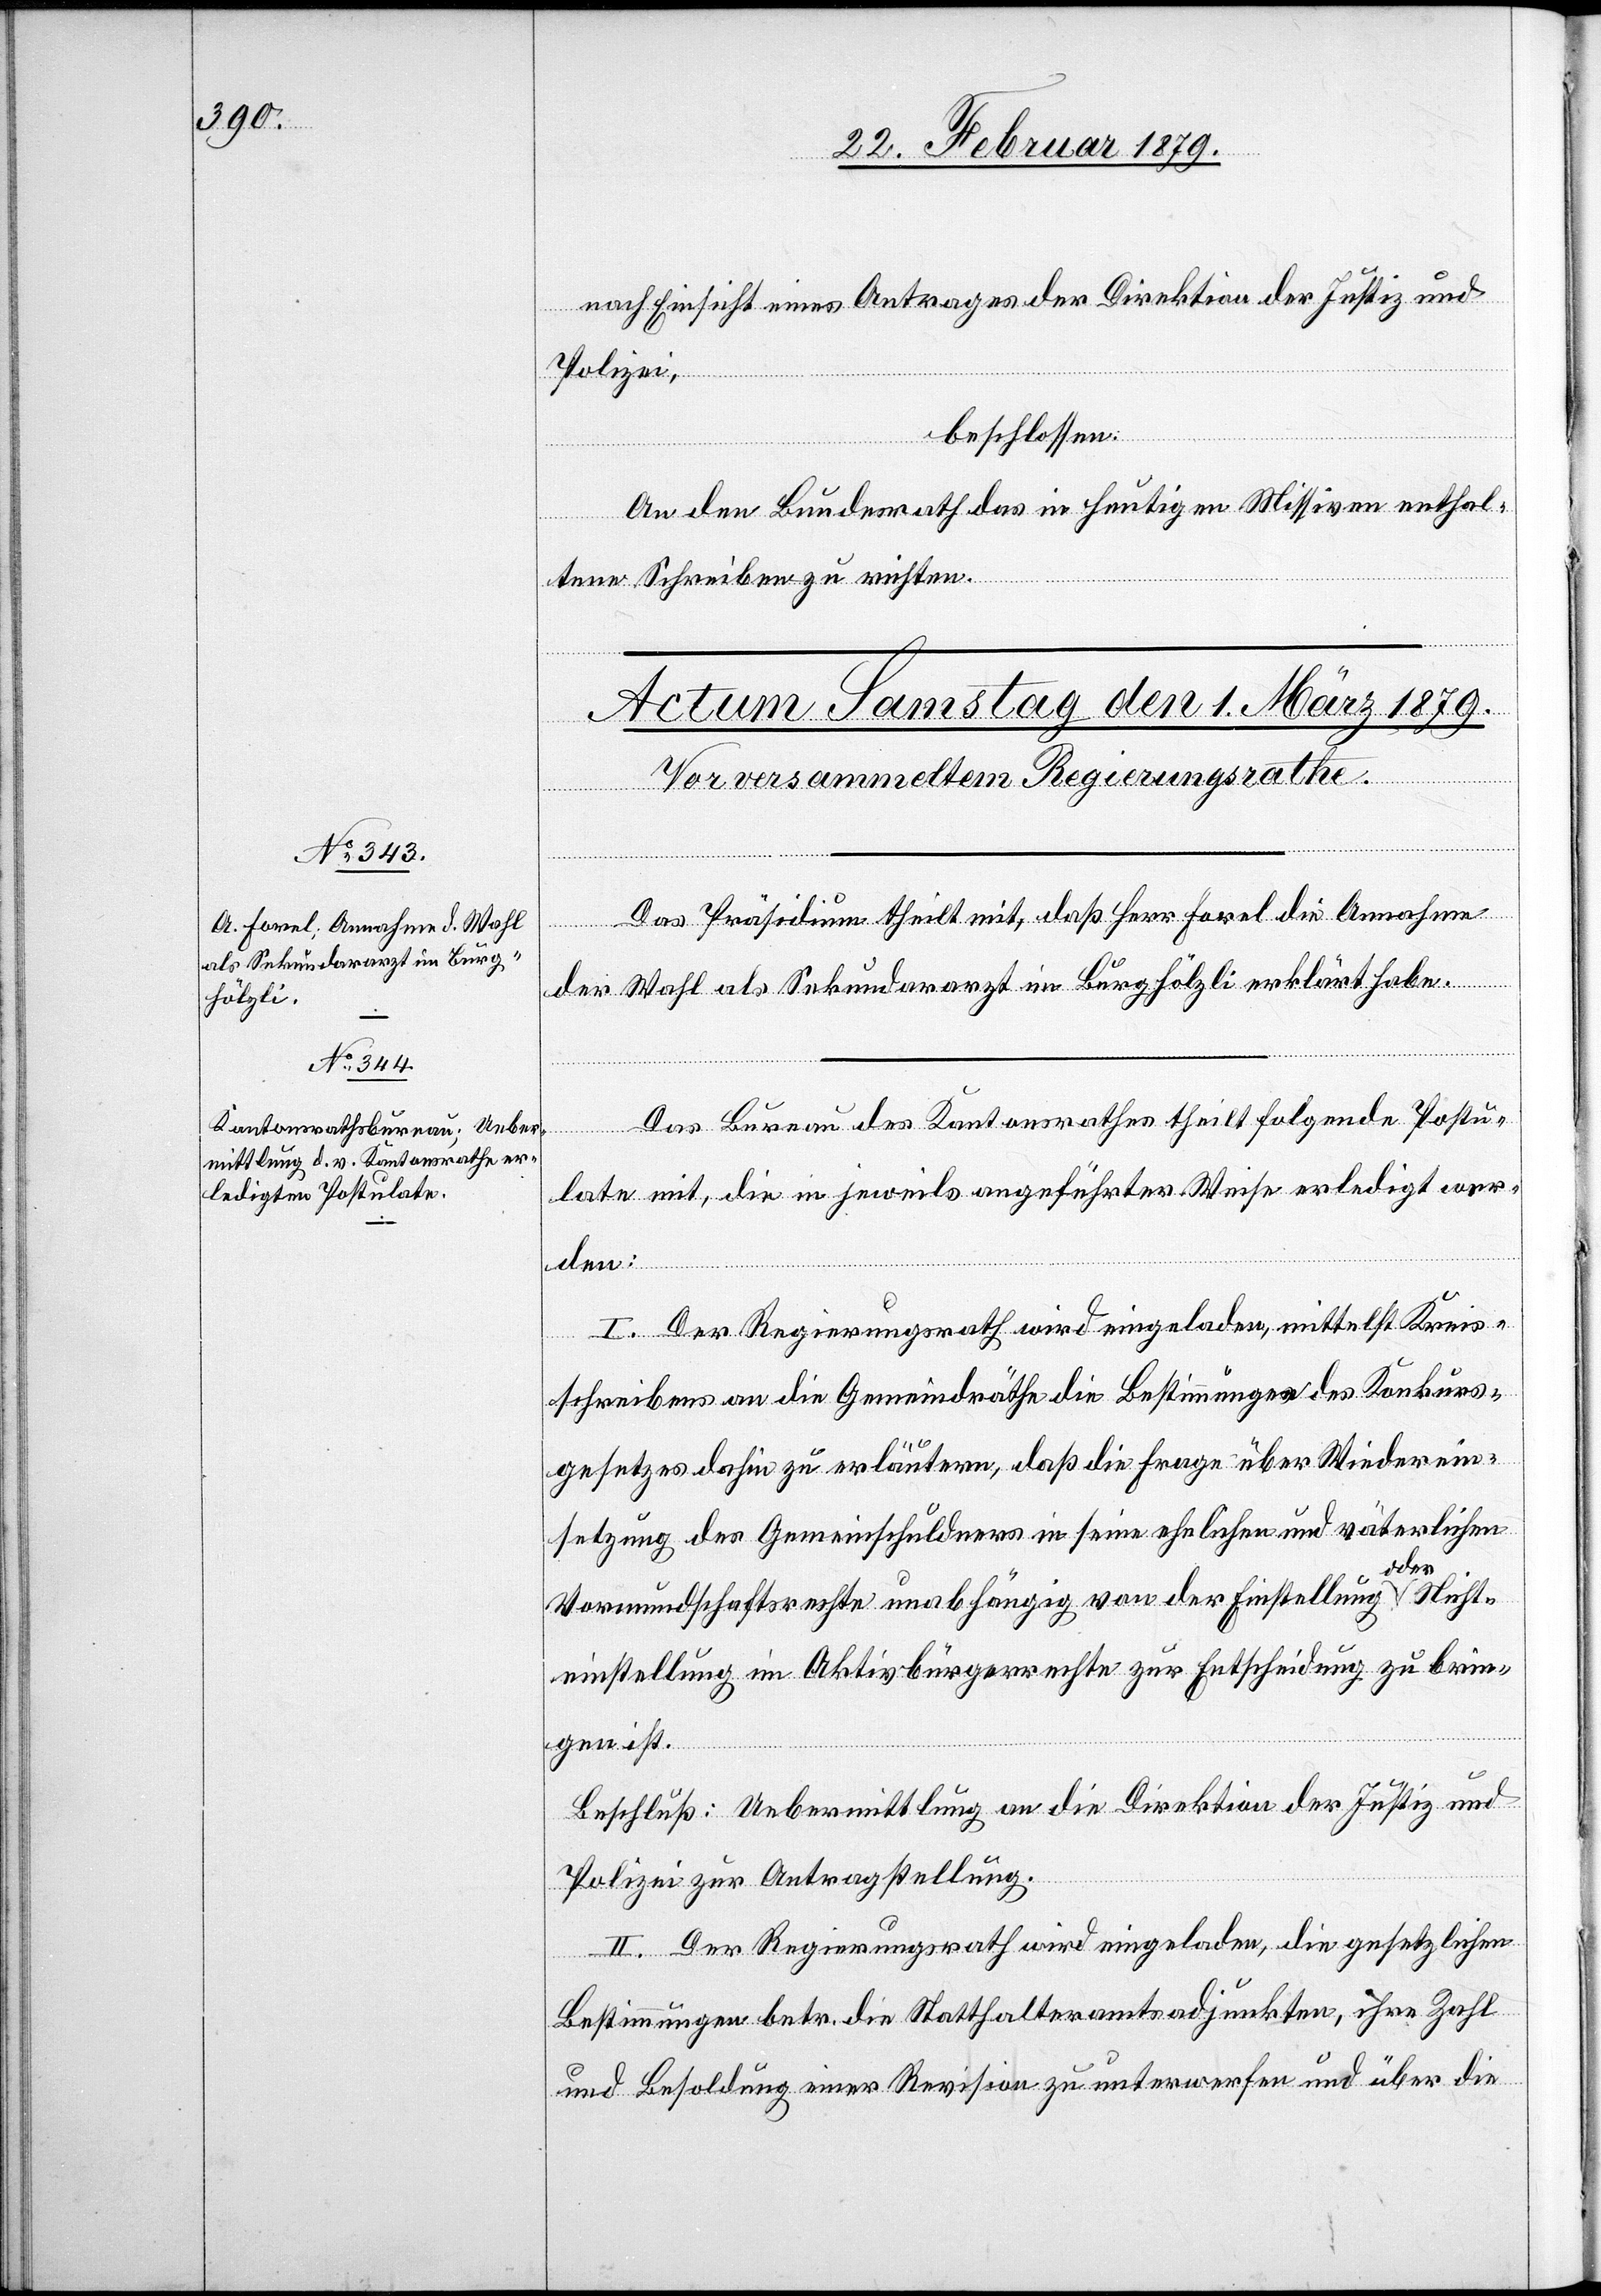
nach Einsicht eines Antrages der Direktion der Justiz &
Polizei,
beschlossen:
An den Bundesrath das in heutigen Missiven enthal¬
tene Schreiben zu richten.
Das Präsidium theilt mit, daß Herr Forel die Annahme
der Wahl als Sekundararzt im Burghölzli erklärt habe.
Das Bureau des Kantonsrathes theilt folgende Postu¬
late mit, die in jeweils angeführter Weise erledigt wor¬
den:
I. Der Regierungsrath wird eingeladen, mittelst Kreis¬
schreiben an die Gemeindräthe die Bestimmungen des Konkurs¬
gesetzes dahin zu erläutern, daß die Frage über Wiederein¬
setzung des Gemeinschuldners in seine ehelichen und väterlichen
Vormundschaftsrechte unabhängig von der Einstellung oder Nicht¬
einstellung im Aktivbürgerrechte zur Entscheidung zu brin¬
gen ist.
Beschluß: Uebermittlung an die Direktion der Justiz und
Polizei zur Antragstellung.
II. Der Regierungsrath wird eingeladen, die gesetzlichen
Bestimmungen betr. die Statthalteramtsadjunkten, ihre Zahl
und Besoldung einer Revision zu unterwerfen und über die